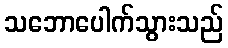
သဘောပေါက်သွားသည်